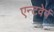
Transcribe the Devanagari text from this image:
एन्टवेर्प